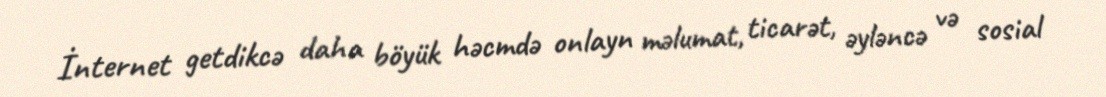
İnternet getdikcə daha böyük həcmdə onlayn məlumat, ticarət, əyləncə və sosial